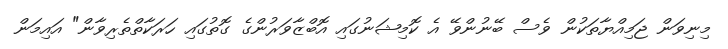
މިނިވަން ޖަމިއްޔާތަކުން ވެސް ބޭނުންވޭ އެ ކޮމިޝަނުގައި އޮބްޒާވަރުންގެ ގޮތުގައި ހަރަކާތްތެރިވާން" އައިމަން